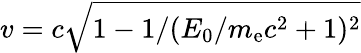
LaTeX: v=c\sqrt{1-1/(E_{0}/m_{\mathrm{e}}c^{2}+1)^{2}}